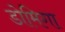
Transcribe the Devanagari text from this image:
डोमिगा